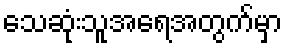
သေဆုံးသူအရေအတွက်မှာ